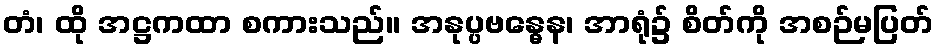
တံ၊ ထို အဋ္ဌကထာ စကားသည်။ အနုပ္ပဗန္ဓေန၊ အာရုံ၌ စိတ်ကို အစဉ်မပြတ်